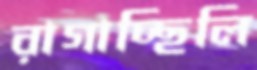
রাগাচ্ছিলি